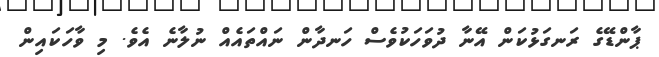
ޕާންޑޭގެ ރަނގަޅުކަން އޭނާ ދުވަހަކުވެސް ހަނދާން ނައްތައެއް ނުލާނެ އެވެ. މި ވާހަކައިން